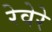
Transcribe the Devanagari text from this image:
रेवेरे